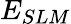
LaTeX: E_{SLM}